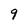
Character: 9